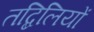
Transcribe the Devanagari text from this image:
तब्दिलियों